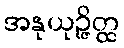
အနုယုဉ္ဇိတ္ထ